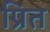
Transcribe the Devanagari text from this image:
प्रित